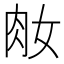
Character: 𦘽